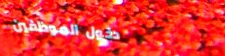
دخول الموظفين